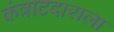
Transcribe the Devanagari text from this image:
कंत्राटदाराला